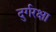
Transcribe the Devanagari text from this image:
दुर्गरक्षा